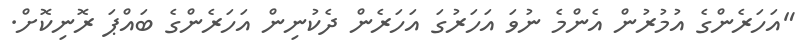
"އަހަރެންގެ އުމުރުން އެންމެ ނުވަ އަހަރުގަ އަހަރެން ދެކުނިން އަހަރެންގެ ބައްޕަ ރޮނިކޮށް.